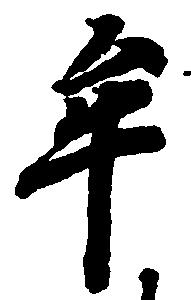
牟